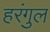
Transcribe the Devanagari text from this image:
हरंगुल